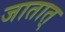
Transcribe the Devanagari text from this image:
जातात्